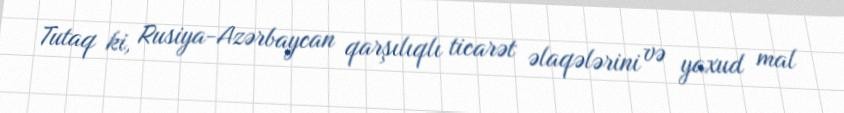
Tutaq ki, Rusiya-Azərbaycan qarşılıqlı ticarət əlaqələrini və yaxud mal